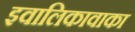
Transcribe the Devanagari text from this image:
इवालिकावाका